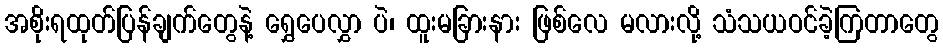
အစိုးရထုတ်ပြန်ချက်တွေနဲ့ ရွှေပေလွှာ ပဲ၊ ထူးမခြားနား ဖြစ်လေ မလားလို့ သံသယဝင်ခဲ့ကြတာတွေ